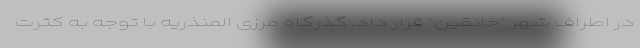
در اطراف شهر "خانقین" قرار داد. گذرگاه مرزی المنذریه با توجه به کثرت